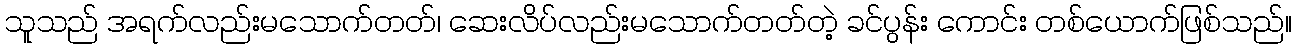
သူသည် အရက်လည်းမသောက်တတ်၊ ဆေးလိပ်လည်းမသောက်တတ်တဲ့ ခင်ပွန်း ကောင်း တစ်ယောက်ဖြစ်သည်။